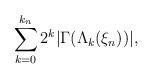
LaTeX: \begin{align*} \sum_{k=0}^{k_n} 2^k |\Gamma(\Lambda_k(\xi_n))|,\end{align*}